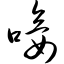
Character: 唼